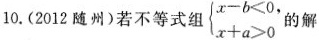
10.(2012随州)若不等式组 $$\begin{cases} x-b<0, \\\\ x+a>0 \end{cases}$$ 的解